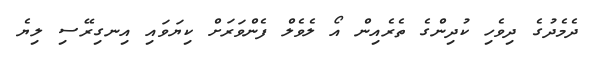
ދެމެދުގެ ދިވެހި ކުދިންގެ ތެރެއިން އޯ ލެވެލް ފެންވަރަށް ކިޔަވައި އިނގިރޭސި ލިޔެ